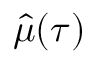
\hat { \mu } ( \tau )